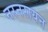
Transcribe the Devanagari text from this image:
नरनरायन